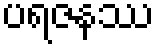
ပရဇနဿ